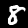
Label: 8